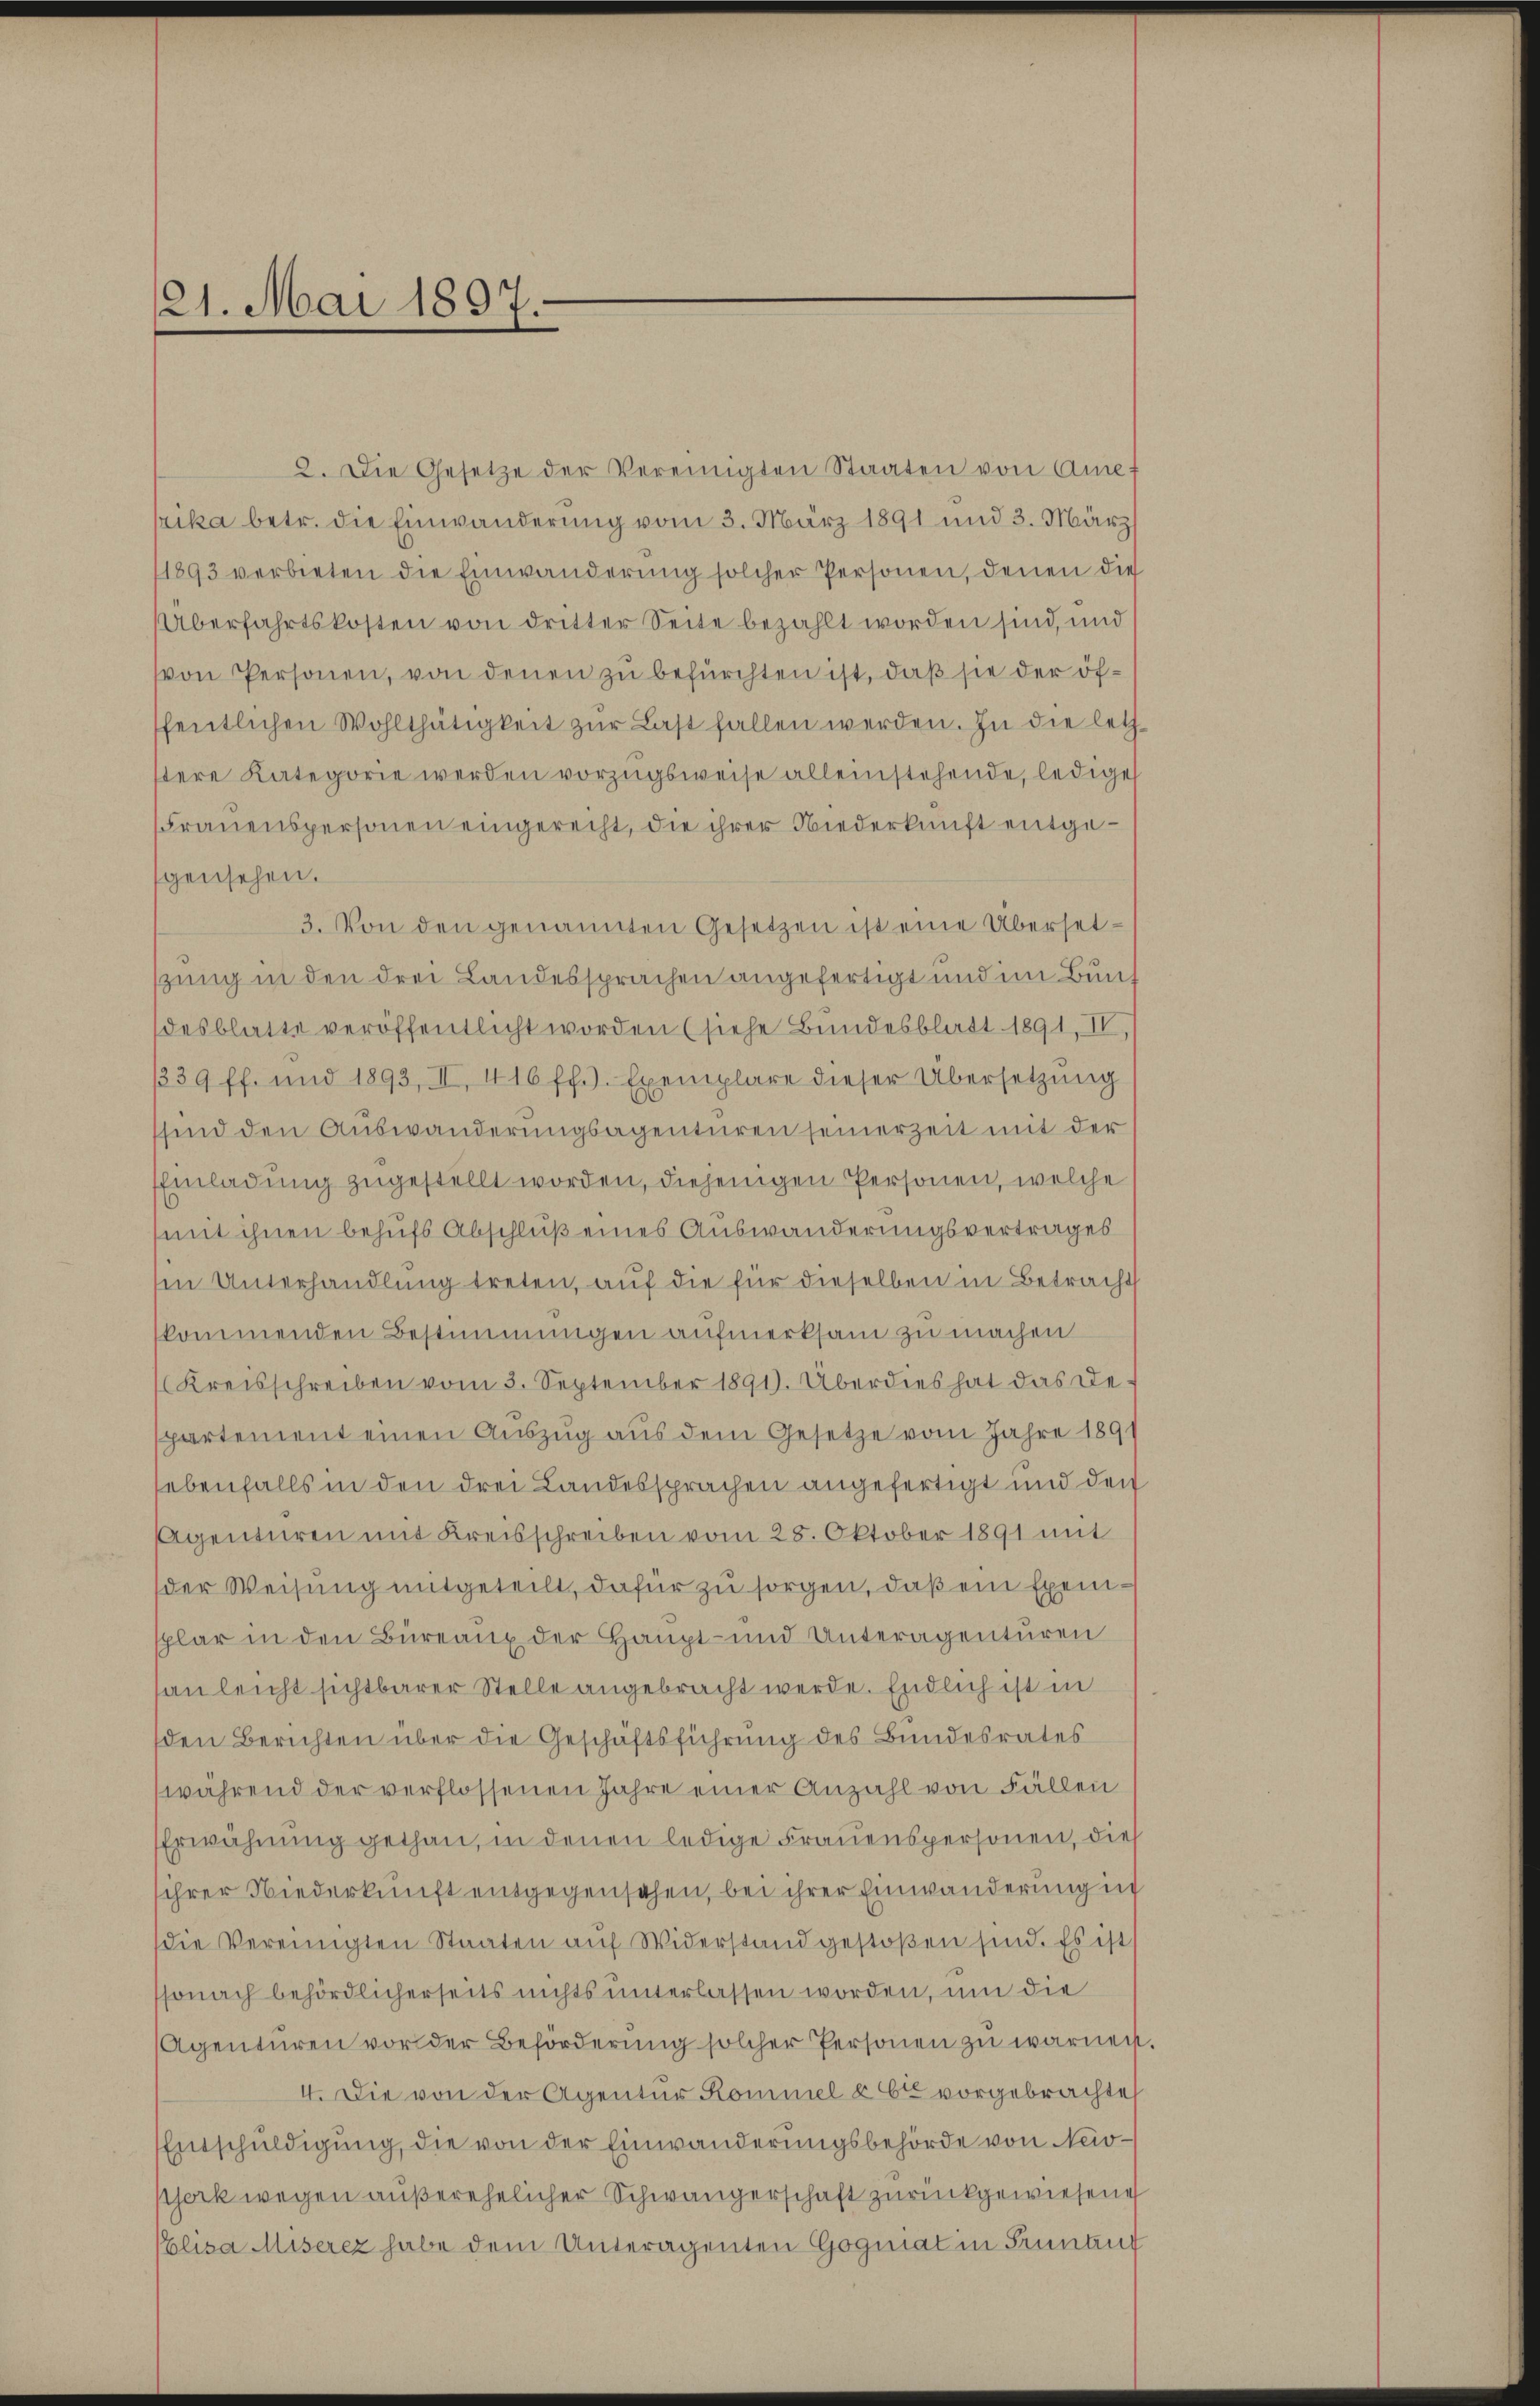
121. Mai 1897.

2. Die Gesetze der Vereinigten Staaten von Amef
nika betr. die Einwanderung vom 3. März 1891 und 3. März
11893 verbieten die Einwanderung solcher Personen, denen die
Überfahrtskosten von dritter Seite bezahlt worden sind, und
von Personen, von denen zu befürchten ist, daß sie der öfffentlichen Wohlthätigkeit zŭr Last fallen werden. In die letzstere Kategorie werden vorzugsweise alleinstehende, ledige
Frauenspersonen eingerecht, die ihrer Niederkunft entgegensehen.
3. Von den genannten Gesetzen ist eine Übersettzung in den drei Landessprachen angefertigt und im Bund
desblatte veröffentlicht worden (siehe Bundesblatt 1891, II,
/339 ff. und 1893, II. 416 ff.). Exemplare dieser Übersetzŭng
sind den Auswanderungsagenturen seinerzeit mit der
Einladung zugestellt worden, diejenigen Personen, welche
mit ihnen behufs Abschluß eines Auswanderungsvertrages
In Unterhandlung treten, auf die für dieselben in Betracht
skommenden Bestimmungen aufmerksam zu machen
(Kreisschreiben vom 3. September 1891. Überdies hat das De-
partement einen Auszug aus dem Gesetze vom Jahre 1891
ebenfalls in den drei Landessprachen angefertigt und den
Agenturen mit Kreisschreiben vom 28. Oktober 1891 mit
der Weisung mitgeteilt, dafür zu sorgen, daß ein Exemsplar in den Bureaux der Haupt- und Unteragenturen
an leicht sichtbarer Stelle angebracht werde. Endlich ist in
den Berichten über die Geschäftsführung des Bundesrates
während der verflossenen Jahre einer Anzahl von Fällen
Erwähnung gethan, in denen ledige Frauenspersonen, dies
sihrer Niederkunft entgegensehen, bei ihrer Einwanderung in
die Vereinigten Staaten aŭf Widerstand gestoßen sind. Es ist
ssonach behördlicherseits nichts unterlassen worden, um die
Agenturen vor der Beförderung solcher Personen zu warnen
I. Die von der Agentur Kommel à 6 vorgebrachte
Entschuldigung, die von der Einwanderungsbehörde von Neid¬
Phark wegen außerehelicher Schwängerschaft zurückgewiesene
Elisa Miserez habe dem Unteragenten Gogmat in Sinnten